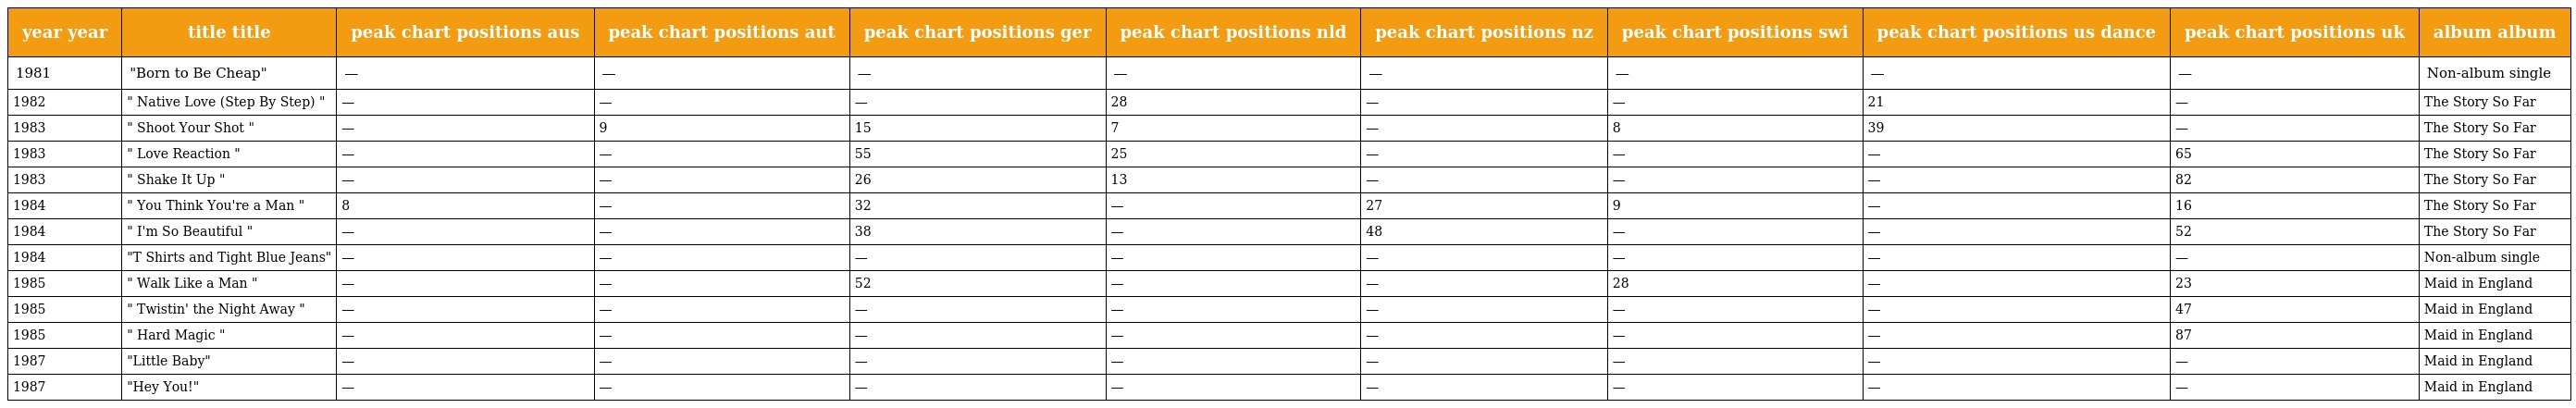
| year year | title title | peak chart positions aus | peak chart positions aut | peak chart positions ger | peak chart positions nld | peak chart positions nz | peak chart positions swi | peak chart positions us dance | peak chart positions uk | album album |
 | --- | --- | --- | --- | --- | --- | --- | --- | --- | --- | --- |
 | 1981 | "Born to Be Cheap" | — | — | — | — | — | — | — | — | Non-album single |
 | 1982 | " Native Love (Step By Step) " | — | — | — | 28 | — | — | 21 | — | The Story So Far |
 | 1983 | " Shoot Your Shot " | — | 9 | 15 | 7 | — | 8 | 39 | — | The Story So Far |
 | 1983 | " Love Reaction " | — | — | 55 | 25 | — | — | — | 65 | The Story So Far |
 | 1983 | " Shake It Up " | — | — | 26 | 13 | — | — | — | 82 | The Story So Far |
 | 1984 | " You Think You're a Man " | 8 | — | 32 | — | 27 | 9 | — | 16 | The Story So Far |
 | 1984 | " I'm So Beautiful " | — | — | 38 | — | 48 | — | — | 52 | The Story So Far |
 | 1984 | "T Shirts and Tight Blue Jeans" | — | — | — | — | — | — | — | — | Non-album single |
 | 1985 | " Walk Like a Man " | — | — | 52 | — | — | 28 | — | 23 | Maid in England |
 | 1985 | " Twistin' the Night Away " | — | — | — | — | — | — | — | 47 | Maid in England |
 | 1985 | " Hard Magic " | — | — | — | — | — | — | — | 87 | Maid in England |
 | 1987 | "Little Baby" | — | — | — | — | — | — | — | — | Maid in England |
 | 1987 | "Hey You!" | — | — | — | — | — | — | — | — | Maid in England |